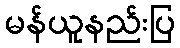
မန်ယူနည်းပြ